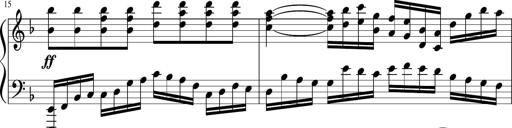
Title: Sonatina in F major
Composer: Ethan Ngo
Key: F major